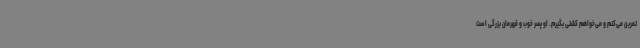
تمرین می‌کنم و می‌خواهم کشتی بگیرم. او پسر خوب و قهرمان بزرگی است